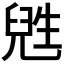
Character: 𬎸